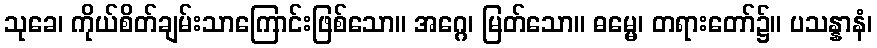
သုခေ၊ ကိုယ်စိတ်ချမ်းသာကြောင်းဖြစ်သော။ အဂ္ဂေ၊ မြတ်သော။ ဓမ္မေ၊ တရားတော်၌။ ပသန္နာနံ၊